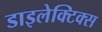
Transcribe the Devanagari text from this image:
डाइलेक्टिक्स